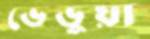
ভেড়ুয়া